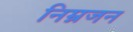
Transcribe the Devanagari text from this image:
निम्नजन